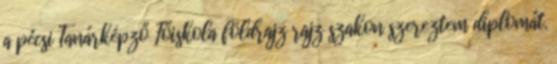
a pécsi Tanárképző Főiskola földrajz rajz szakon szereztem diplomát.